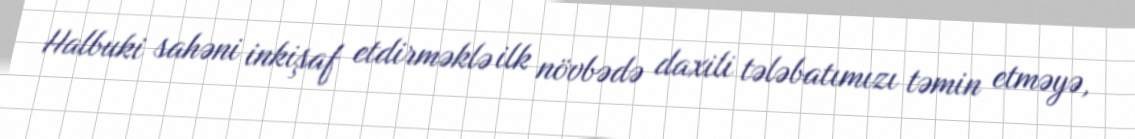
Halbuki sahəni inkişaf etdirməklə ilk növbədə daxili tələbatımızı təmin etməyə,